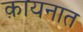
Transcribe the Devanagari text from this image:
क़ायनात